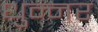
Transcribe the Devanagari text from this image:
धुन्नर